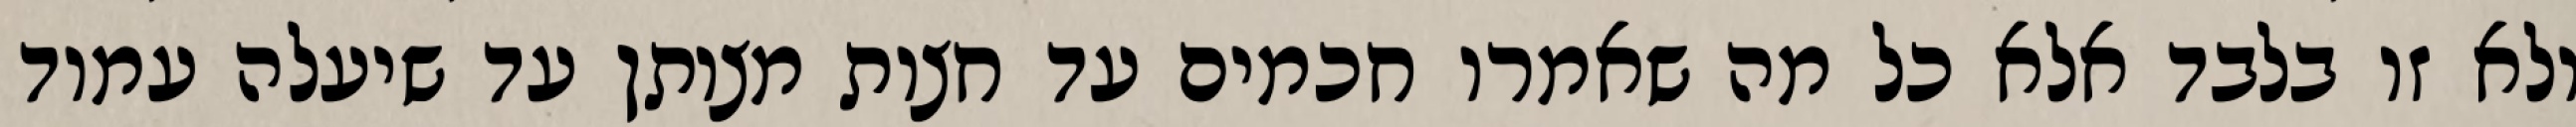
ולא זו בלבד אלא כל מה שאמרו חכמים עד חצות מצותן עד שיעלה עמוד